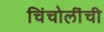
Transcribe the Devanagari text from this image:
चिंचोलींची